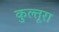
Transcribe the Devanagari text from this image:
कुल्तूरा